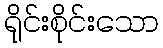
ရိုင်းစိုင်းသော